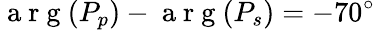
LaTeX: \mathrm{~a~r~g~}(P_{p})-\mathrm{~a~r~g~}(P_{s})=-70^{\circ}